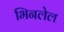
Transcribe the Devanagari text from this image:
भिनलेल